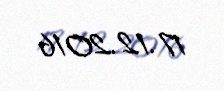
17.12.2016